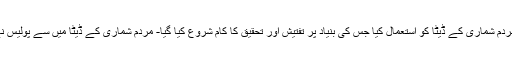
چونیاں کی آبادی 60 ہزار افراد پر مشتمل ہے اور پولیس نے تحقیقات کے لیے مردم شماری کے ڈیٹا کو استعمال کیا جس کی بنیاد پر تفتیش اور تحقیق کا کام شروع کیا گیا- مردم شماری کے ڈیٹا میں سے پولیس نے پچیس ایسے بلاک منتخب کیے جو ان مقتول بچوں کی رہائش کے قریب تھے۔